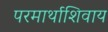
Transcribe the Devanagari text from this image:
परमार्थाशिवाय